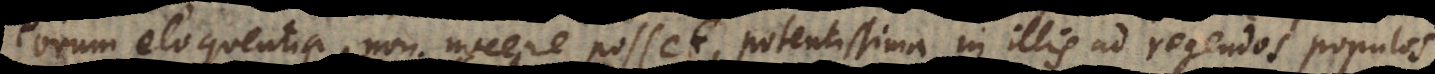
eorum eloquentia non nocere posset, potentissima in illis ad regendos populos